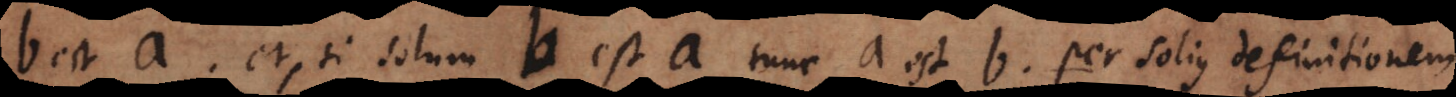
b est a, et, si solum b est a, tunc a est b per solius definitionem